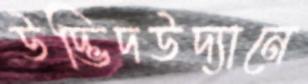
উদ্ভিদউদ্যানে